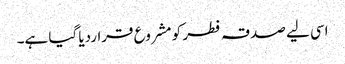
اسی لیے صدقہ فطر کو مشروع قراردیا گیا ہے۔